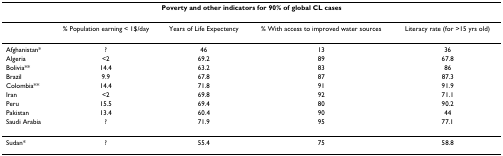
| <COLSPAN=5> Poverty and other indicators for 90% of global CL cases |
 | --- | --- | --- | --- | --- |
 |  | % Population earning < 1$/day | Years of Life Expectency | % With access to improved water sources | Literacy rate (for >15 yrs old) |
 | Afghanistan* | ? | 46 | 13 | 36 |
 | Algeria | <2 | 69.2 | 89 | 67.8 |
 | Bolivia** | 14.4 | 63.2 | 83 | 86 |
 | Brazil | 9.9 | 67.8 | 87 | 87.3 |
 | Colombia** | 14.4 | 71.8 | 91 | 91.9 |
 | Iran | <2 | 69.8 | 92 | 71.1 |
 | Peru | 15.5 | 69.4 | 80 | 90.2 |
 | Pakistan | 13.4 | 60.4 | 90 | 44 |
 | Saudi Arabia | ? | 71.9 | 95 | 77.1 |
 | Sudan* | ? | 55.4 | 75 | 58.8 |